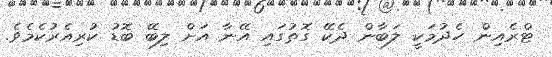
ޓްރެއިން ހެދުމަކީ ލަބާން ދެކޭ ގޮތުގައި އޭނާ އަށް ލިބޭ ބޮޑު ކުރިއެރުކެމެވެ.